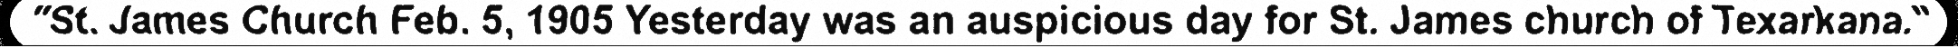
"St. James Church Feb. 5, 1905 Yesterday was an auspicious day for St. James church of Texarkana."